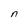
Character: n